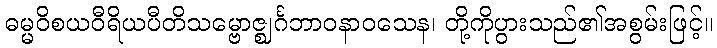
ဓမ္မဝိစယဝီရိယပီတိသမ္ဗောဇ္ဈင်္ဂဘာဝနာဝသေန၊ တို့ကိုပွားသည်၏အစွမ်းဖြင့်။